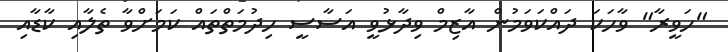
"ހަވީރާ" ވާހަކަ ދައްކަވަމުން އާޒިމް ވިދާޅުވީ އަސާސީ ހިދުމަތްތައް ކަމަށްވާ ތެލާއި ކާޑާއި